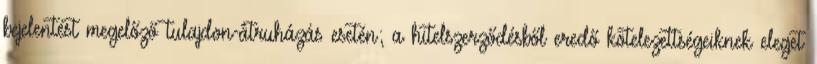
bejelentést megelőző tulajdon-átruházás esetén; a hitelszerződésből eredő kötelezettségeiknek eleget